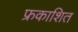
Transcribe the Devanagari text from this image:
फ्रकाशित